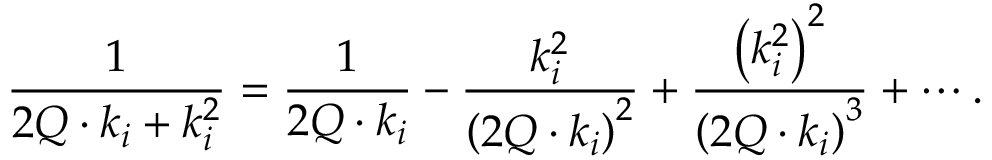
\frac { 1 } { 2 Q \cdot k _ { i } + k _ { i } ^ { 2 } } = \frac { 1 } { 2 Q \cdot k _ { i } } - \frac { k _ { i } ^ { 2 } } { \left( 2 Q \cdot k _ { i } \right) ^ { 2 } } + \frac { \left( k _ { i } ^ { 2 } \right) ^ { 2 } } { \left( 2 Q \cdot k _ { i } \right) ^ { 3 } } + \cdots .